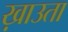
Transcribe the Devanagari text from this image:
ख़ाउता